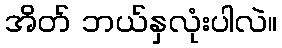
အိတ် ဘယ်နှလုံးပါလဲ။